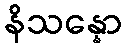
နိသန္နော